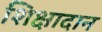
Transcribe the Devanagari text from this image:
शिक्षादान